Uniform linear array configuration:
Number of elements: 64
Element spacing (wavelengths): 1
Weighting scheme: exponential
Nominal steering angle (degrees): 0
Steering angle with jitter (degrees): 1.739
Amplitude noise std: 0.05
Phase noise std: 0.05

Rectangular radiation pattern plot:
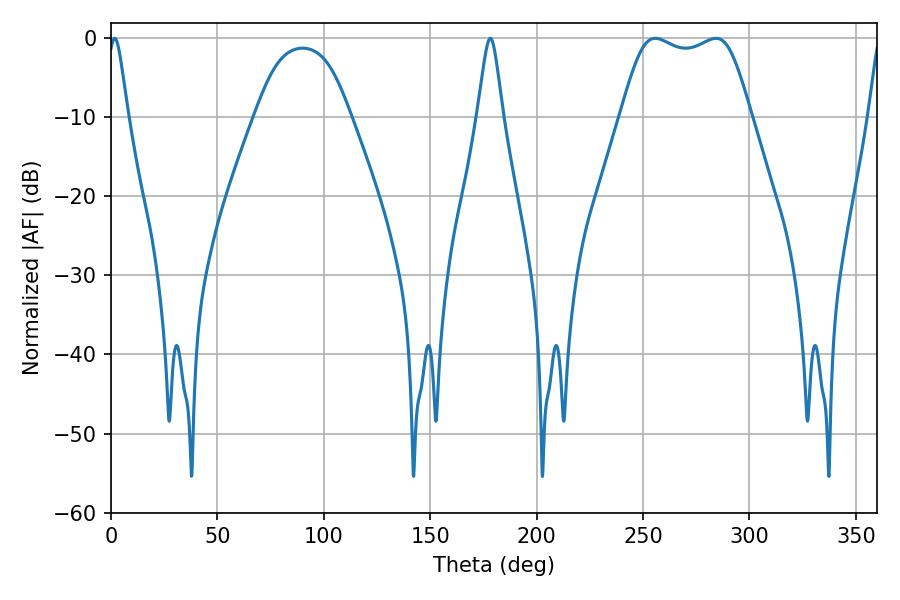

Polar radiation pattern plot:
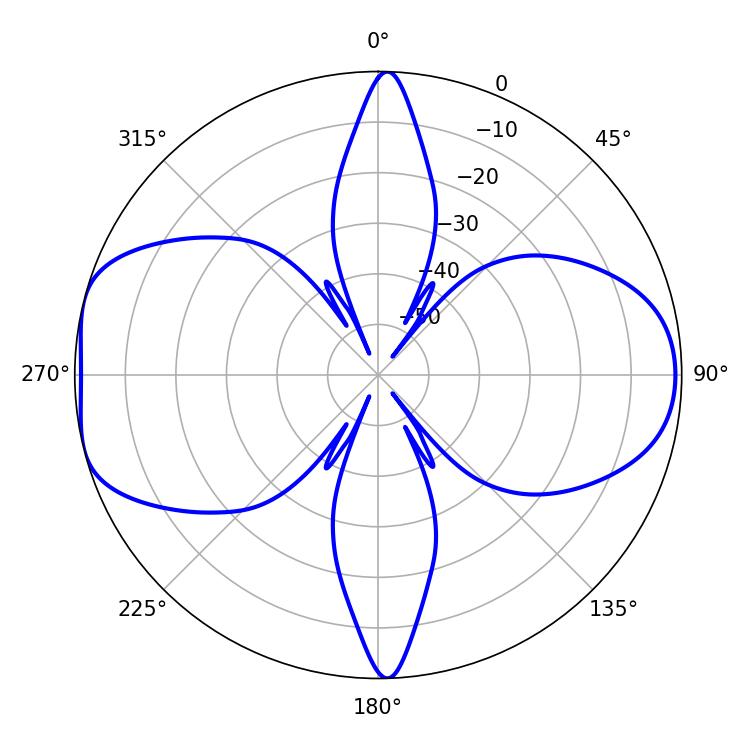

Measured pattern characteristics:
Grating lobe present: TRUE
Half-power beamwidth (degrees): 46.44
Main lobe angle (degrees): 255.78